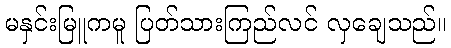
မနှင်းမြူကမူ ပြတ်သားကြည်လင် လှချေသည်။